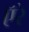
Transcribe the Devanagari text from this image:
ऍरे